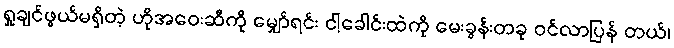
ရှုချင်ဖွယ်မရှိတဲ့ ဟိုအဝေးဆီကို မျှော်ရင်း ငါ့ခေါင်းထဲကို မေးခွန်းတခု ဝင်လာပြန် တယ်၊